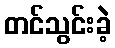
တင်သွင်းခဲ့